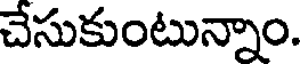
చేసుకుంటున్నాం.